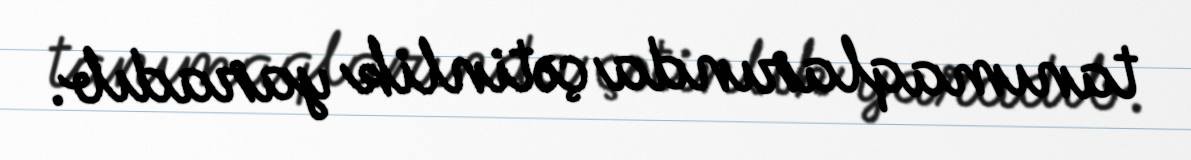
tanımaqlarında çətinlik yaradıb.